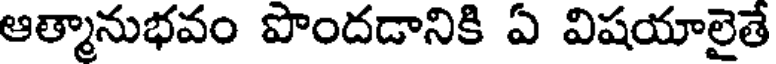
ఆత్మానుభవం పొందడానికి ఏ విషయాలైతే